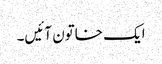
ایک خاتون آئیں‌۔